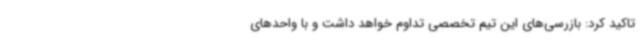
تاکید کرد: بازرسی‌های این تیم تخصصی تداوم خواهد داشت و با واحدهای